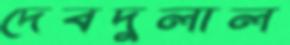
দেবদুলাল